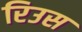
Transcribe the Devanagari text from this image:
रिउस